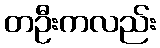
တဦးကလည်း